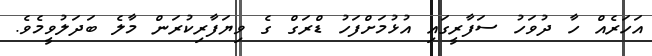
އަހަރެއް ހާ ދުވަހު ސަފާރީގައި އުޅުމަށްފަހު ޑްރަގް ގެ ވިޔަފާރިކުރަން މާލެ ބަދަލުވީމެވެ.